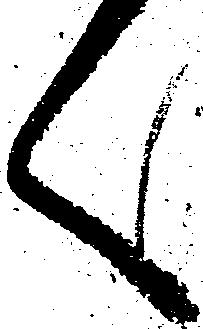
く